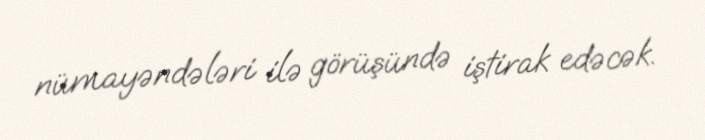
nümayəndələri ilə görüşündə iştirak edəcək.